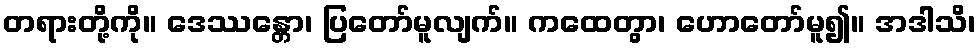
တရားတို့ကို။ ဒေဿန္တော၊ ပြတော်မူလျက်။ ကထေတွာ၊ ဟောတော်မူ၍။ အဒါသိ၊